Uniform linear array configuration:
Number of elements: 4
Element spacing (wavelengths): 0.75
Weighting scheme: hann
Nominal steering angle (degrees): -30
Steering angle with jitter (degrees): -31.287
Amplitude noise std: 0.05
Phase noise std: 0.05

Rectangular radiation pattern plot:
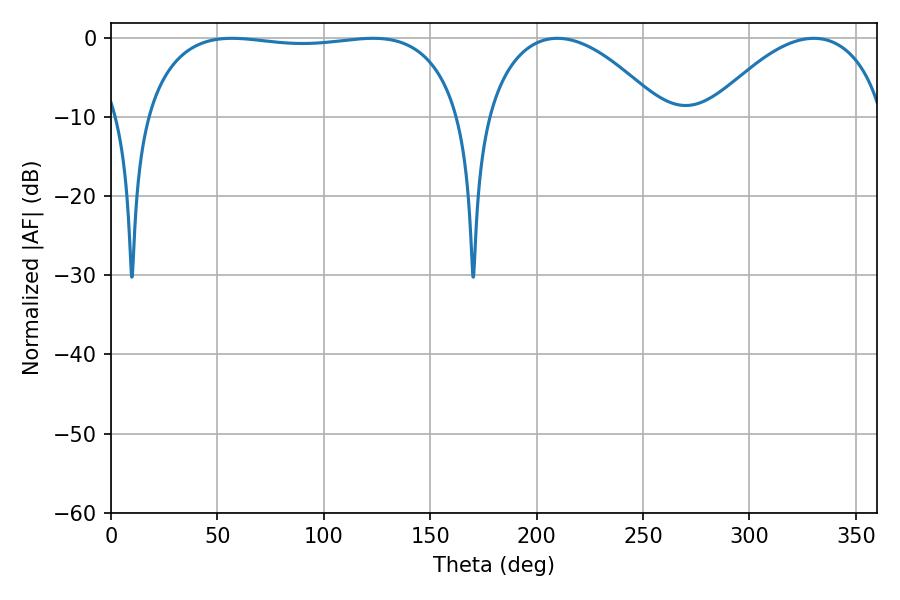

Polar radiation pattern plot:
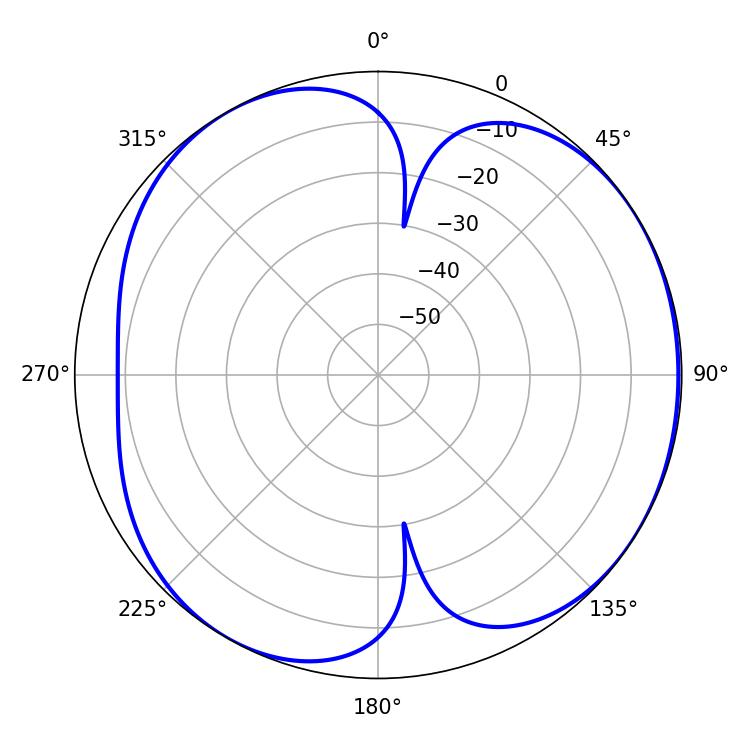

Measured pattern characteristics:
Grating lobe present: TRUE
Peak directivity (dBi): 4.977
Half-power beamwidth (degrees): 119.52
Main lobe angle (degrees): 56.88